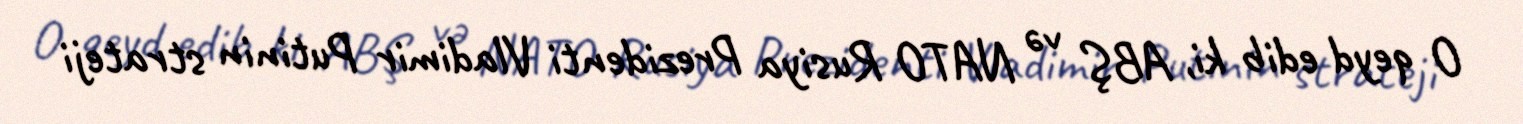
O qeyd edib ki, ABŞ və NATO Rusiya Prezidenti Vladimir Putinin strateji